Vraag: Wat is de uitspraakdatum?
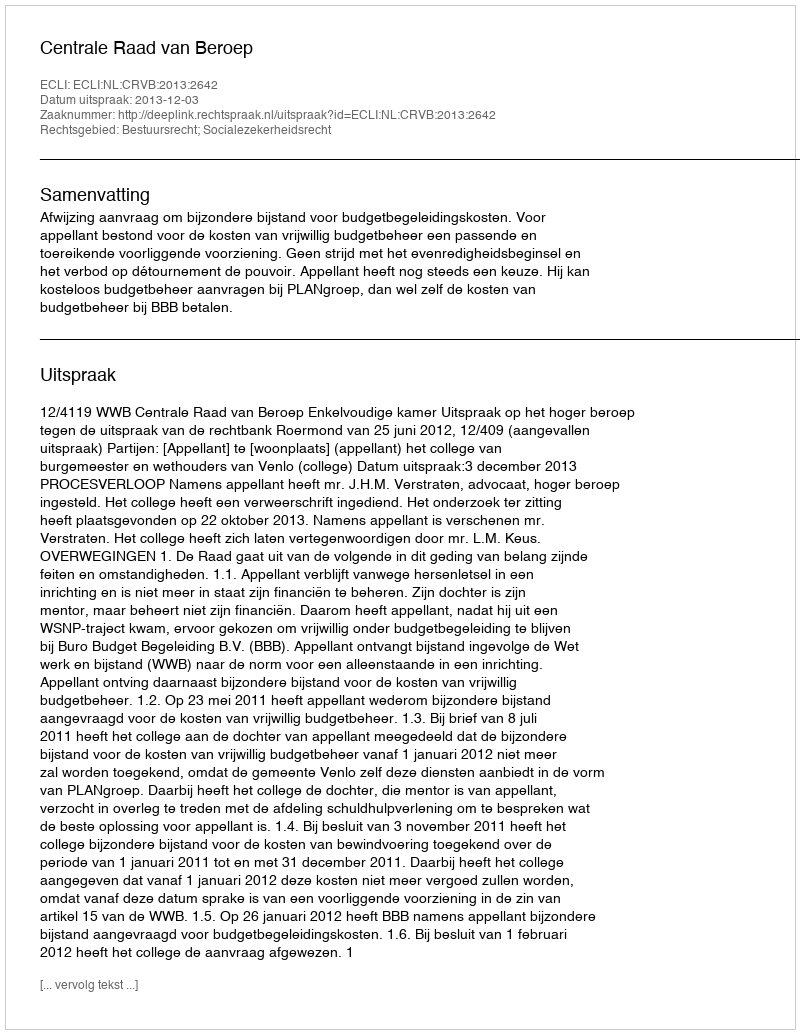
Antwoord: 2013-12-03